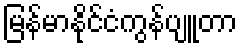
မြန်မာနိုင်ငံကွန်ပျူတာ